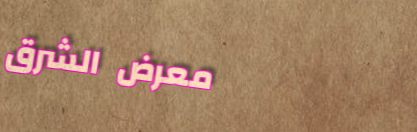
معرض الشرق